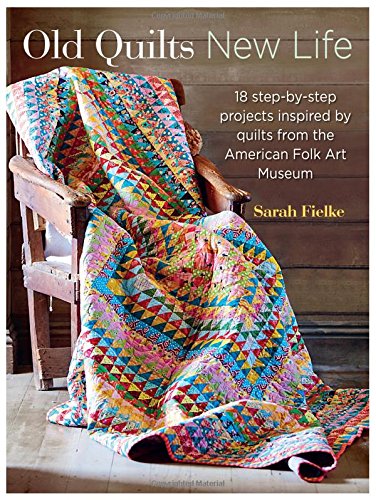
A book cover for Old Quilts, New Life: 18 step-by-step projects inspired by quilts from the American Folk Art Museum; Sarah Fielke; Crafts, Hobbies & Home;